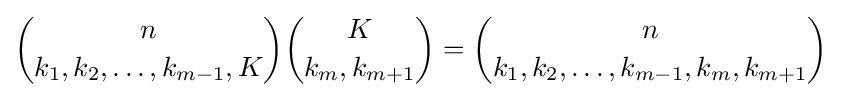
{n \choose k_{1},k_{2},\ldots ,k_{m-1},K}{K \choose k_{m},k_{m+1}}={n \choose k_{1},k_{2},\ldots ,k_{m-1},k_{m},k_{m+1}}